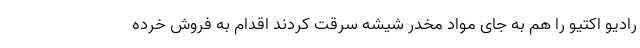
رادیو اکتیو را هم به جای مواد مخدر شیشه سرقت کردند اقدام به فروش خرده